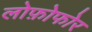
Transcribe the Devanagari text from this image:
लोफ़ोफोर